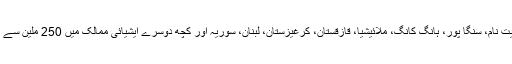
اور جنوبی کوریا، چین، بھارت، انڈونیشیا، ویت نام، سنگا پور، ہانگ کانگ، ملائیشیا، قازقستان، کرغیزستان، لبنان، سوریہ اور کچھ دوسرے ایشیائی ممالک میں 250 ملین سے زائد آبادی کے ساتھ ایک اہم اقلیتی مذہب ہے۔